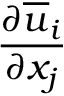
\frac { \partial \overline { { u } } _ { i } } { \partial x _ { j } }